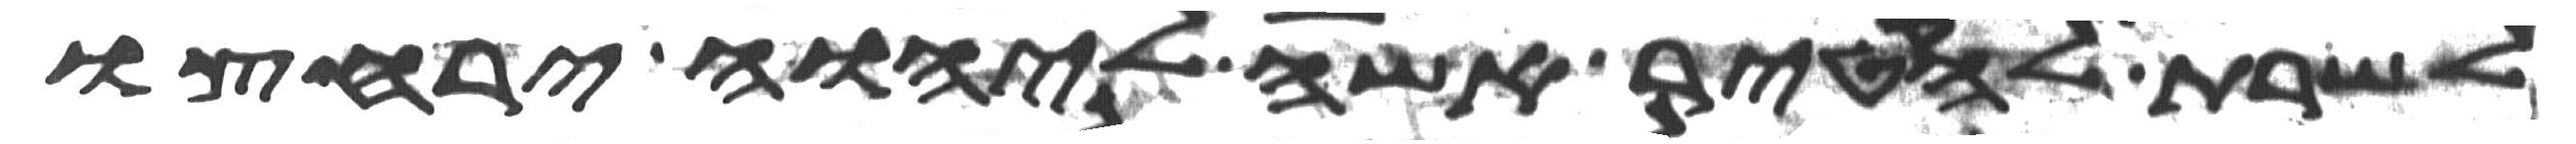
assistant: לשרת להקטיר אשה ליהוה ירחצו